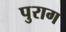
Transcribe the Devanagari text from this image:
पुराग